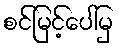
စင်မြင့်ပေါ်မှ